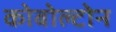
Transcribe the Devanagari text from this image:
कोबोल्टोन